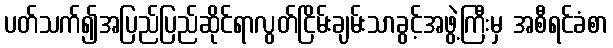
ပတ်သက်၍အပြည်ပြည်ဆိုင်ရာလွတ်ငြိမ်းချမ်းသာခွင့်အဖွဲ့ကြီးမှ အစီရင်ခံစာ